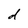
Character: d